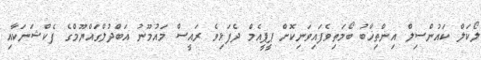
ލޯކަލް ކައުންސިލް އިންތިޚާބު ބޯމަތިވެފައިވަނިކޮށް ޕީޕީއެމް ދެފަޅިވެ ރައީސް މައުމޫނު އަބްދުލްގައްޔޫމްގެ ފެކްޝަނަކާއި